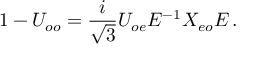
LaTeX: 1 - U _ { o o } = \frac { i } { \sqrt { 3 } } U _ { o e } E ^ { - 1 } X _ { e o } E \, .